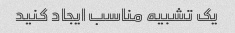
یک تشبیه مناسب ایجاد کنید